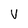
Character: V